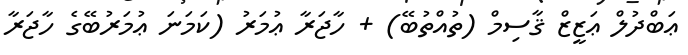
ޢަބްދުލް ޢަޒީޒް ޤާސިމް (ތުއްތުބޭ) + ހާޖަރާ ޢުމަރު (ކަމަނަ ޢުމަރުބޭގެ ހާޖަރާ